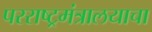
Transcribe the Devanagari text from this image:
परराष्ट्रमंत्रालयाचा